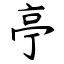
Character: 亭